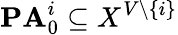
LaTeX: \mathbf{PA}_{0}^{i}\subseteq X^{V\setminus\{ i\} }